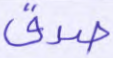
صدق